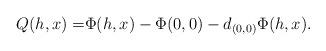
LaTeX: \begin{align*}Q(h,x)=&\Phi(h,x)-\Phi(0,0)-d_{(0,0)}\Phi(h,x).\end{align*}